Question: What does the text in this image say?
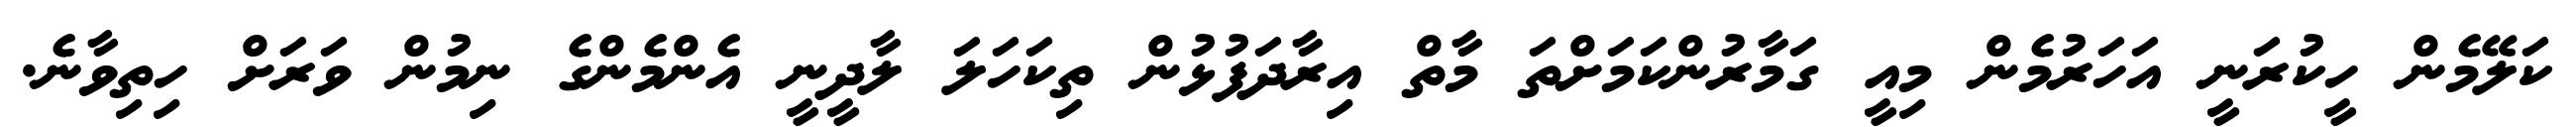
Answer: ކަލޭމެން ހީކުރަނީ އަހަރުމެން މިއީ ގަމާރުންކަމަށްތަ މާތް އިރާދަފުޅުން ތިކަހަލަ ލާދީނީ އެންމެންގެ ނިމުން ވަރަށް ހިތިވާނެ.